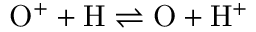
\mathrm { O } ^ { + } + \mathrm { H } \rightleftharpoons \mathrm { O } + \mathrm { H } ^ { + }